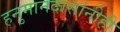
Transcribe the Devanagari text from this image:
हनुमानदासांनीही